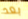
بعد